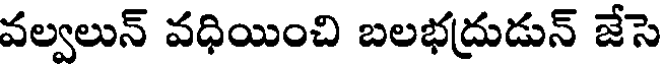
వల్వలున్ వధియించి బలభద్రుడున్ జేసె